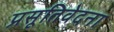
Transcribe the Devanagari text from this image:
प्रसूतिवेदना